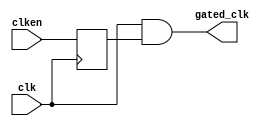
module clock_gate_flop (gated_clk, clk, clken);
  output gated_clk;
  input clk, clken;
  reg clken_r ;
  assign gated_clk = clk & clken_r ;
  always @(negedge clk)
    clken_r <= clken;
endmodule